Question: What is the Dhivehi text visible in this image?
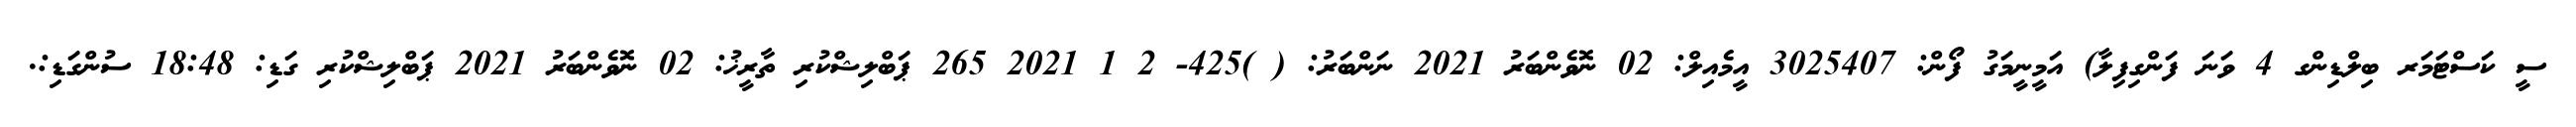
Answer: ސީ ކަސްޓަމަރ ބިލްޑިންގ 4 ވަނަ ފަންގިފިލާ) އަމީނީމަގު ފޯން: 3025407 އީމެއިލް: 02 ނޮވެންބަރު 2021 ނަންބަރު: ( )425- 2 1 2021 265 ޕަބްލިޝްކުރި ތާރީޚު: 02 ނޮވެންބަރު 2021 ޕަބްލިޝްކުރި ގަޑި: 18:48 ސުންގަޑި:.